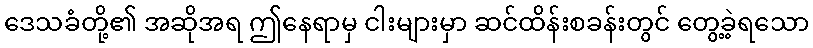
ဒေသခံတို့၏ အဆိုအရ ဤနေရာမှ ငါးများမှာ ဆင်ထိန်းစခန်းတွင် တွေ့ခဲ့ရသော